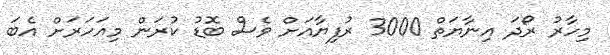
މިހާރު ރޯދަ އިނާޔަތް 3000 ރުފިޔާއަށް ވެސް ބޮޑު ކުރަން މިއަހަރަށް އެބަ